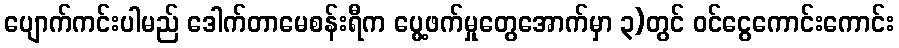
ပျောက်ကင်းပါမည် ဒေါက်တာမေစန်းရီက ပွေ့ဖက်မှုတွေအောက်မှာ ၃)တွင် ဝင်ငွေကောင်းကောင်း